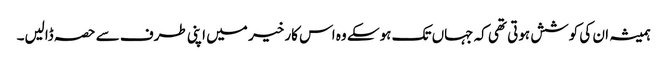
ہمیشہ ان کی کوشش ہوتی تھی کہ جہاں تک ہوسکے وہ اس کار خیر میں اپنی طرف سے حصہ ڈالیں۔